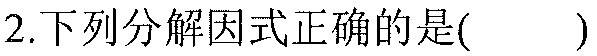
2.下列分解因式正确的是( )